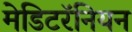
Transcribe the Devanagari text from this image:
मेडिटरॅनियन